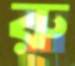
রু